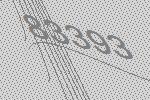
83393